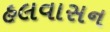
હલવાસન